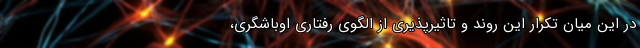
در این میان تکرار این روند و تاثیرپذیری از الگوی رفتاری اوباشگری،